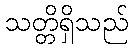
သတ္တိရှိသည်